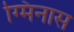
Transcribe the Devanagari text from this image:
ग्मिनास